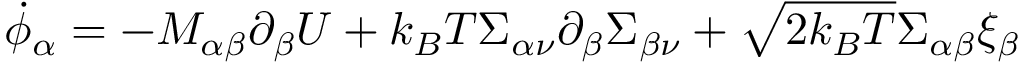
\dot { \phi } _ { \alpha } = - M _ { \alpha \beta } \partial _ { \beta } U + k _ { B } T \Sigma _ { \alpha \nu } \partial _ { \beta } \Sigma _ { \beta \nu } + \sqrt { 2 k _ { B } T } \Sigma _ { \alpha \beta } \xi _ { \beta }